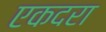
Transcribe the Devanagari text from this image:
एकदरा